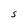
Character: S